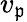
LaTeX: v_{\mathfrak{p}}